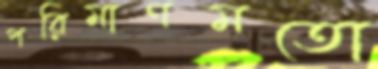
পরিমাণমতো